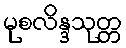
မုစလိန္ဒသုတ္တ